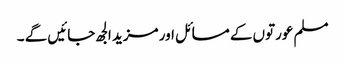
مسلم عورتوں کے مسائل اور مزید الجھ جائیں گے ۔